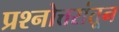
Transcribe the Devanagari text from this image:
प्रश्नोत्तरांतून